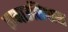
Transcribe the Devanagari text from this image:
तामाउलिपास